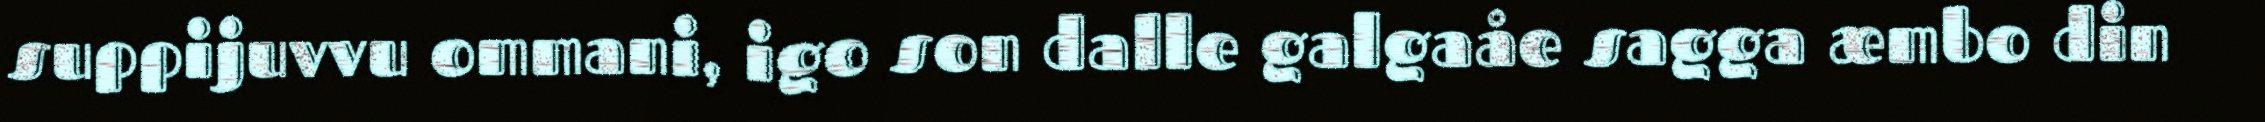
suppijuvvu ommani, igo son dalle galgaåe sagga æmbo din